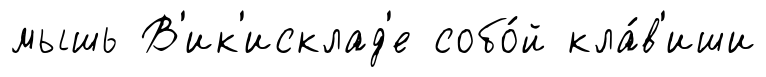
мышь В'ик'исклад'е собо́й кла́в'иши